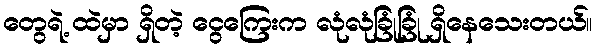
တွေရဲ့ ထဲမှာ ရှိတဲ့ ငွေကြေးက လုံလုံခြုံခြုံ ရှိနေသေးတယ်။